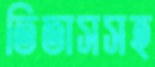
তিতাসসহ